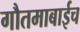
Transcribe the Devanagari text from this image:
गौतमाबाईच